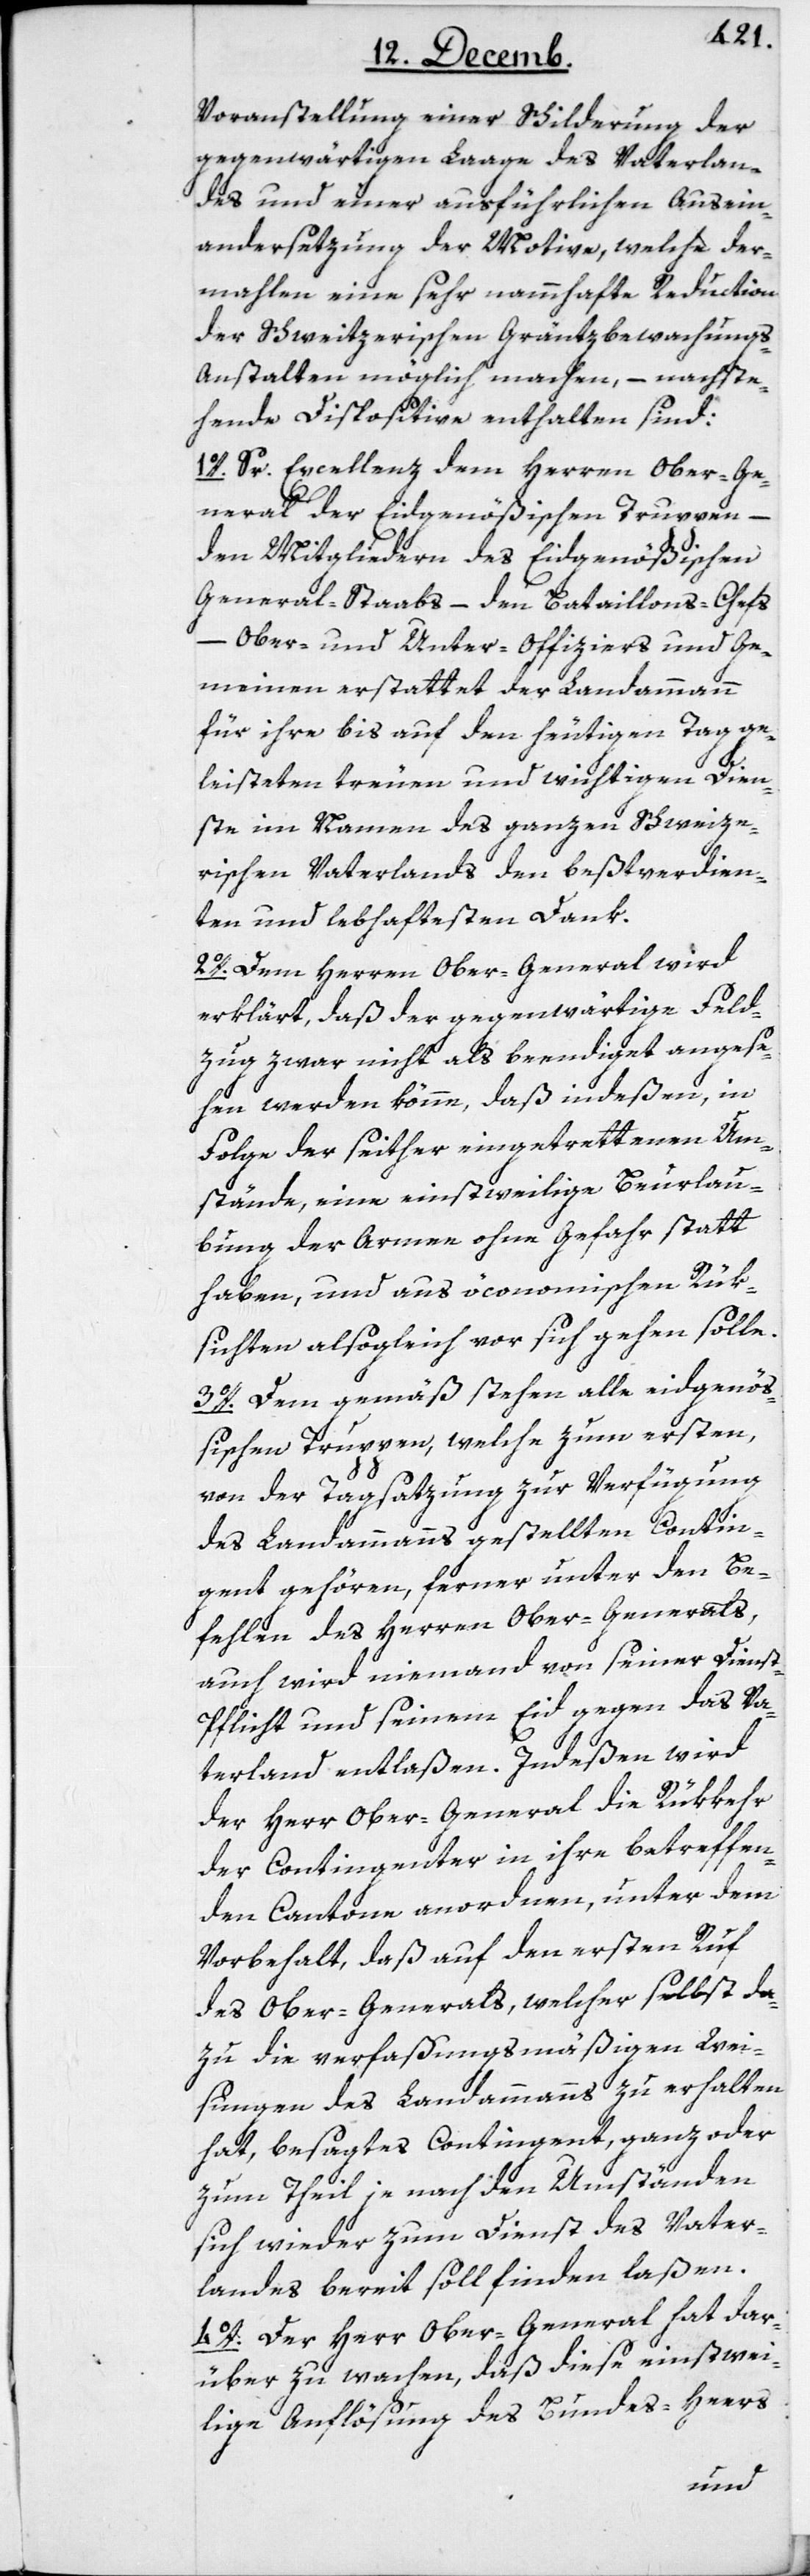
Voranstellung einer Schilderung der
gegenwärtigen Laage des Vaterlan¬
des und einer ausführlichen Ausein¬
andersetzung der Motive, welche der¬
mahlen eine sehr nammhafte Reduction
der Schweitzerischen Gräntzbewachung¬
s-Anstalten möglich machen, – nachste¬
hende Dispositive enthalten sind:
1o. Sr. Excellenz dem Herren Ober-Ge¬
neral der eidgenößischen Truppen,
den Mitgliedern des Eidgenößischen
General-Staabs – den Bataillons-Chefs
–
Ober- und Unter-Officiers und Ge¬
meinen erstattet der Landammann
für ihre bis auf den heutigen Tag ge¬
leisteten treuen und wichtigen Dien¬
ste im Namen des ganzen Schweize¬
rischen Vaterlands den beßtverdien¬
ten und lebhaftesten Dank.
2o. Dem Herren Ober-General wird
erklärt, daß der gegenwärtige Feld¬
zug zwar nicht als beendiget angese¬
hen werden könne, daß indeßen, in
Folge der seither eingetrettenen Um¬
stände, eine einstweilige Beurlau¬
bung der Armee ohne Gefahr statt
haben, und aus öconomischen Rük¬
sichten alsogleich vor sich gehen solle.
3o. Dem gemäß stehen alle eidgenöß¬
ischen Truppen, welche zum ersten,
von der Tagsatzung zur Verfügung
des Landammanns gestellten Contin¬
gent gehören, ferner unter den Be¬
fehlen des Herren Ober-Generals,
auch wird niemand von seiner Diens¬
t-Pflicht und seinem Eid gegen das Va¬
terland entlaßen. Indeßen wird
der Herr Ober-General die Rükkehr
der Contingenter in ihre betreffen¬
den Cantone anordnen, unter dem
Vorbehalt, daß auf den ersten Ruf
des Ober-Generals, welcher selbst da¬
zu die verfaßungsmäßigen Wei¬
sungen des Landammanns zu erhalten
hat, besagtes Contingent, ganz oder
zum Theil je nach den Umständen
sich wieder zum Dienst des Vater¬
landes bereit soll finden laßen.
4o. Der Herr Ober-General hat dar¬
über zu wachen, daß diese einstwei¬
lige Auflösung des Bundes-Heers